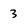
Character: 3